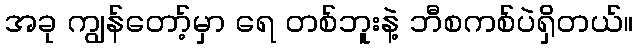
အခု ကျွန်တော့်မှာ ရေ တစ်ဘူးနဲ့ ဘီစကစ်ပဲရှိတယ်။